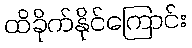
ထိခိုက်နိုင်ကြောင်း